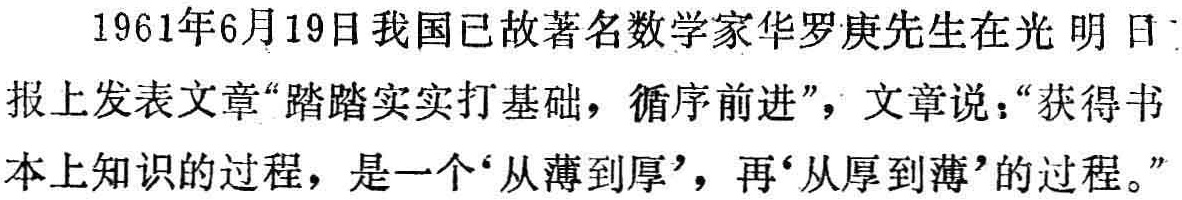
1961年6月19日我国已故著名数学家华罗庚先生在光明日报上发表文章“踏踏实实打基础，循序前进”，文章说：“获得书本上知识的过程，是一个‘从薄到厚’，再‘从厚到薄’的过程。”